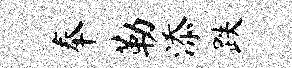
奉勒添跌